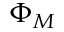
\Phi _ { M }